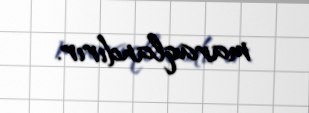
maraqlandırır.